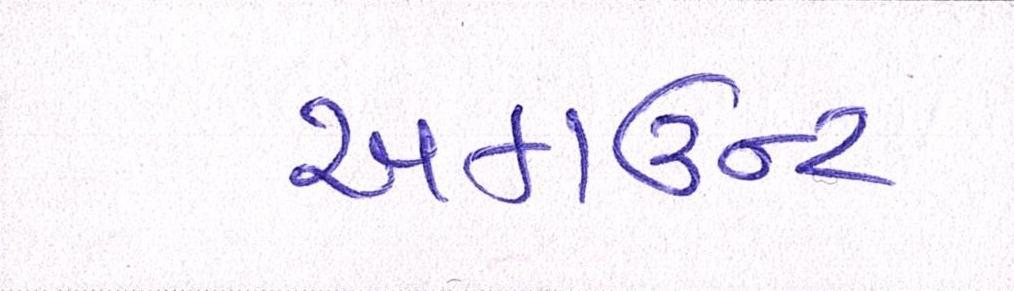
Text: અકાઉન્ટ